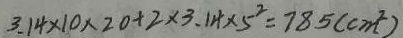
3 . 1 4 \times 1 0 \times 2 0 + 2 \times 3 . 1 4 \times 5 ^ { 2 } = 7 8 5 ( c m ^ { 2 } )